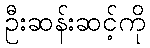
ဦးဆန်းဆင့်ကို